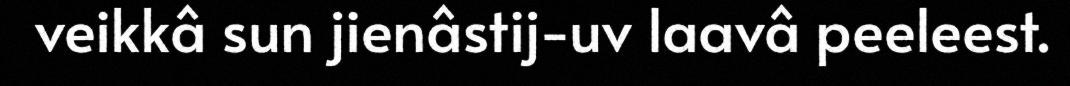
veikkâ sun jienâstij-uv laavâ peeleest.